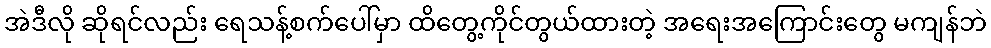
အဲဒီလို ဆိုရင်လည်း ရေသန့်စက်ပေါ်မှာ ထိတွေ့ကိုင်တွယ်ထားတဲ့ အရေးအကြောင်းတွေ မကျန်ဘဲ